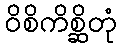
ဝိစိကိစ္ဆိတုံ